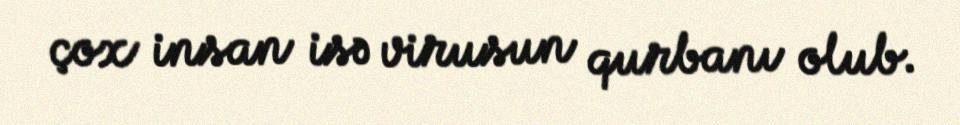
çox insan isə virusun qurbanı olub.